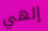
إلهي